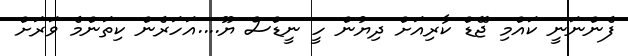
ފެންނަނީ ކައްމި ޖޭޑް ކާރިއަށް ދިޔުން ހީ ނީޑްސް ޔޫ....އަހަރެން ކިތަންމެ ވަރަށް